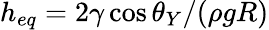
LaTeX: h_{eq}=2\gamma\cos\theta_{Y}/(\rho gR)